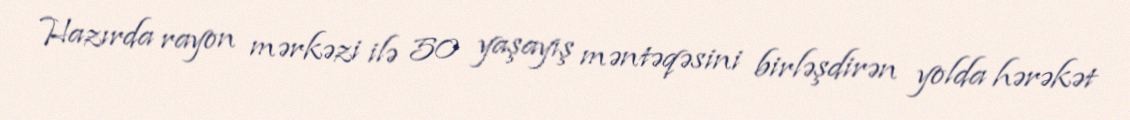
Hazırda rayon mərkəzi ilə 50 yaşayış məntəqəsini birləşdirən yolda hərəkət